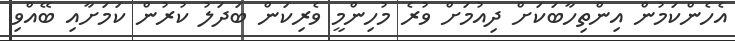
އެހެންކަމުން އިންތިހާބަކަށް ދިއުމަށް ވުރެ މުހިންމީ ވެރިކަން ބަދަލު ކުރުން ކަމަށާއި ބޭއްވި